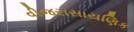
વીજરાસાયણિક